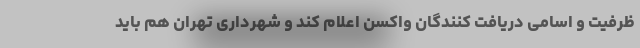
ظرفیت و اسامی دریافت کنندگان واکسن اعلام کند و شهرداری تهران هم باید